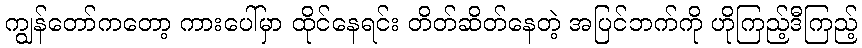
ကျွန်တော်ကတော့ ကားပေါ်မှာ ထိုင်နေရင်း တိတ်ဆိတ်နေတဲ့ အပြင်ဘက်ကို ဟိုကြည့်ဒီကြည့်